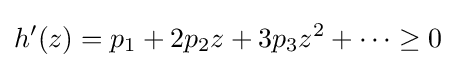
h'(z)=p_{1}+2p_{2}z+3p_{3}z^{2}+\cdots \geq 0